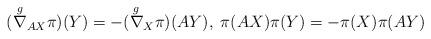
LaTeX: \begin{align*}(\overset{g}{\nabla}_{AX} \pi)(Y) =- (\overset{g}{\nabla}_{X} \pi)(AY), \; \pi(AX)\pi(Y) = - \pi(X)\pi(AY) \end{align*}